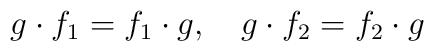
g\cdot f_1=f_1\cdot g,\quad g\cdot f_2=f_2\cdot g